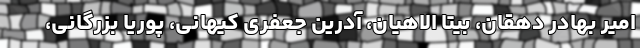
امیر بهادر دهقان، بیتا الاهیان، آدرین جعفری کیهانی، پوریا بزرگانی،